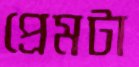
প্রেমটা